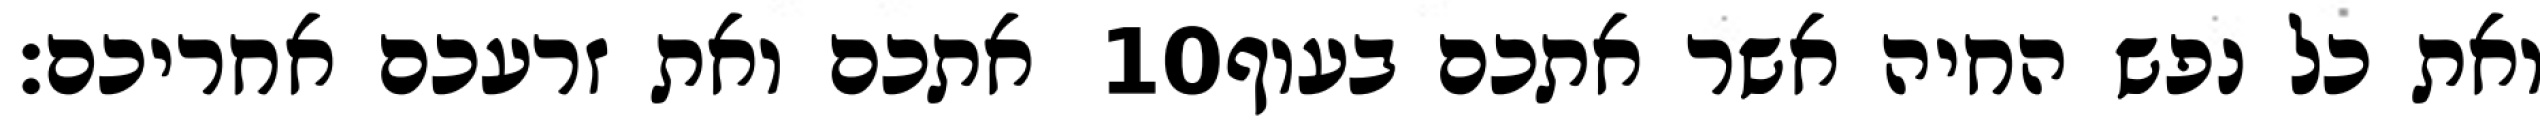
אתכם ואת זרעכם אחריכם׃ ‎10‏ ואת כל נפש החיה אשר אתכם בעוף